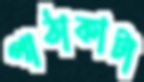
পাঠাকাটা